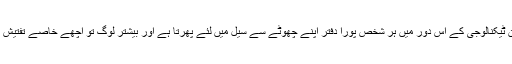
یوں بھی انفارمیشن ٹیکنالوجی کے اس دور میں ہر شخص پورا دفتر اپنے چھوٹے سے سیل میں لئے پھرتا ہے اور بیشتر لوگ تو اچھے خاصے تفتیش کار بن چکے ہیں۔